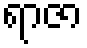
ရာဇာ